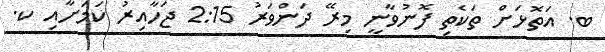
ބ. އަތޮޅަށް ތަކެތި ފޮނުވާނީ މިރޭ ދަންވަރު 2:15 ޖަހާއިރު ކަމަށާއި ކ.